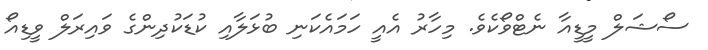
ސޯޝަލް މީޑީއާ ނެޓްވޯކެވެ. މިހާރު އެއީ ހަމައެކަނި ބުޅަލާއި ކުޑަކުދިންގެ ވައިރަލް ވީޑިއޯ